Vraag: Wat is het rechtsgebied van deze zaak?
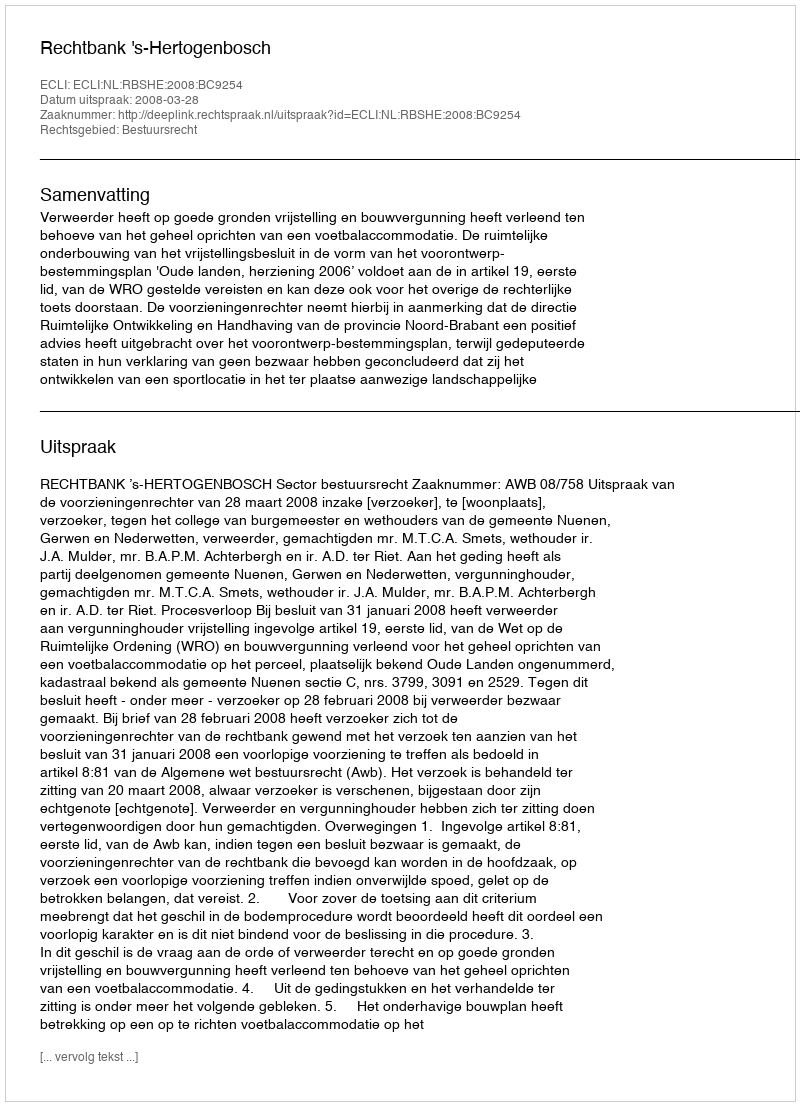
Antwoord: Bestuursrecht